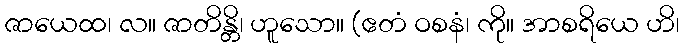
ဇာယေထ၊ လ။ ဇာတိန္တိ၊ ဟူသော။ (ဧတံ ဝစနံ၊ ကို။ အာစရိယေ ဟိ၊